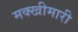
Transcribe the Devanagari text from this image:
मक्खीमारी